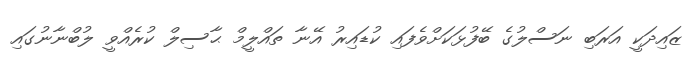
ޒައިދަކީ އަރަބި ނަސްލުގެ ބޭފުޅަކަށްވެފައި ކުޑައިރު އޭނާ ތައްލީމް ޙާސިލް ކުރެއްވީ ލުބްނާނުގައި